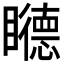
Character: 𥌩